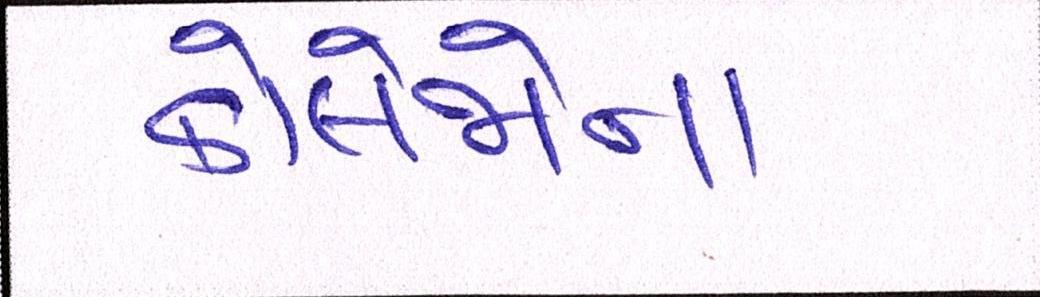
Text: કોલેજોના